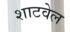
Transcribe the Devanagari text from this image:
शाटवेल